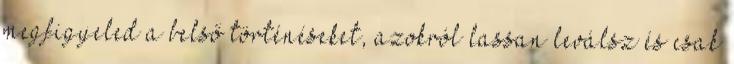
megfigyeled a belső történéseket, azokról lassan leválsz és csak